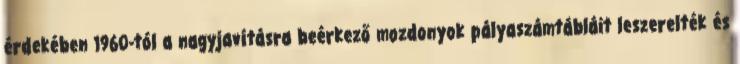
érdekében 1960-tól a nagyjavításra beérkező mozdonyok pályaszámtábláit leszerelték és